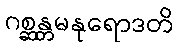
ဂစ္ဆန္တမနုရောဒတိ